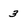
Character: 3